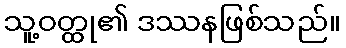
သူ့ဝတ္ထု၏ ဒဿနဖြစ်သည်။